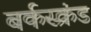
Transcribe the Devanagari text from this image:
बर्कस्क्रंड